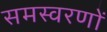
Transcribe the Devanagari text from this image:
समस्वरणों